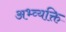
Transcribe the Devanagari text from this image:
अभ्व्यक्ति